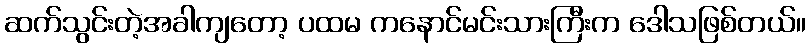
ဆက်သွင်းတဲ့အခါကျတော့ ပထမ ကနောင်မင်းသားကြီးက ဒေါသဖြစ်တယ်။